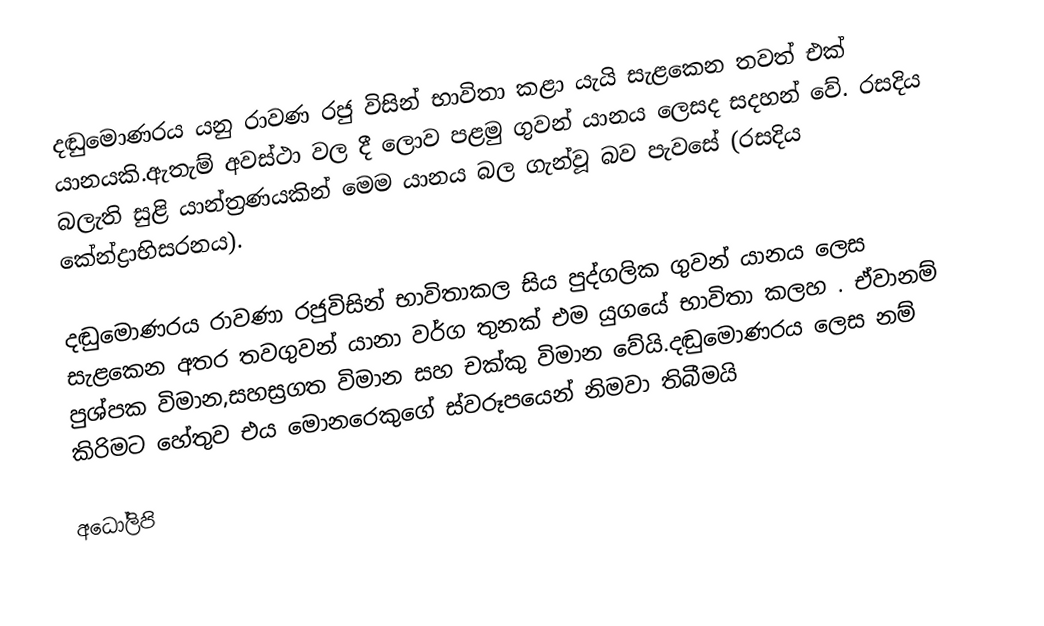
දඬුමොණරය යනු රාවණ රජු විසින් භාවිතා කළා යැයි සැළකෙන තවත් එක් යානයකි.ඇතැම් අවස්ථා වල දී ලොව පළමු ගුවන් යානය ලෙසද සදහන් වේ. රසදිය බලැති සුළි යාන්ත්‍රණයකින් මෙම යානය බල ගැන්වූ බව පැවසේ (රසදිය කේන්ද්‍රාභිසරනය).

දඬුමොණරය රාවණා රජුවිසින් භාවිතාකල සිය පුද්ගලික ගුවන් යානය ලෙස සැළකෙන අතර තවගුවන් යානා වර්ග තුනක් එම යුගයේ භාවිතා කලහ . ඒවානම් පුශ්පක විමාන,සහස්‍රගත විමාන සහ චක්කු විමාන වේයි.දඬුමොණරය ලෙස නම් කිරිමට හේතුව එය මොනරෙකුගේ ස්වරූපයෙන් නිමවා තිබීමයි

අධෝලිපි